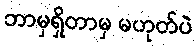
ဘာမှရှိတာမှ မဟုတ်ပဲ